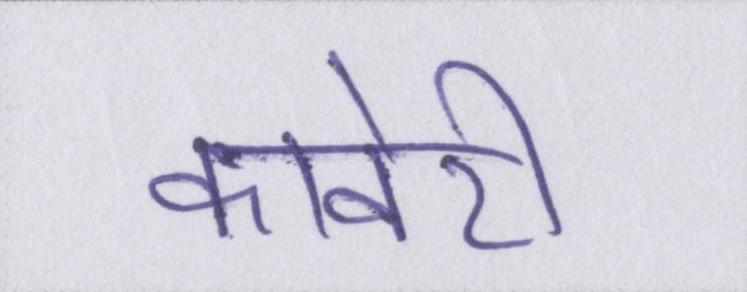
कावेरी